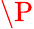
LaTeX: \P